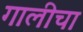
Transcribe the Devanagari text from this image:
गालीचा